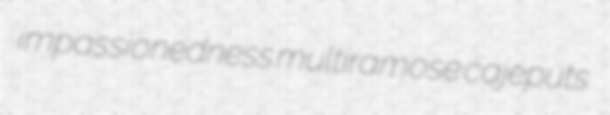
impassionedness multiramose cajeputs